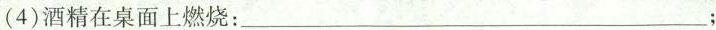
(4)酒精在桌面上燃烧：___；